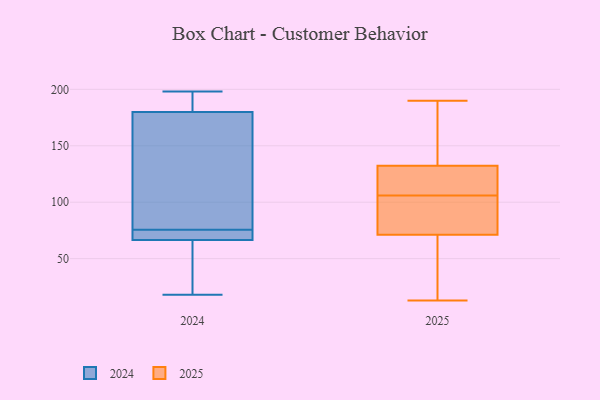
{"axis": {"x": "Churn Rate (%)", "y": "Value"}, "legend": ["2024", "2025"], "data": [{"x": "", "y": 181, "type": "2024"}, {"x": "", "y": 18, "type": "2024"}, {"x": "", "y": 65, "type": "2024"}, {"x": "", "y": 68, "type": "2024"}, {"x": "", "y": 198, "type": "2024"}, {"x": "", "y": 68, "type": "2024"}, {"x": "", "y": 192, "type": "2024"}, {"x": "", "y": 70, "type": "2024"}, {"x": "", "y": 179, "type": "2024"}, {"x": "", "y": 81, "type": "2024"}, {"x": "", "y": 38, "type": "2024"}, {"x": "", "y": 100, "type": "2024"}, {"x": "", "y": 139, "type": "2025"}, {"x": "", "y": 157, "type": "2025"}, {"x": "", "y": 155, "type": "2025"}, {"x": "", "y": 48, "type": "2025"}, {"x": "", "y": 78, "type": "2025"}, {"x": "", "y": 57, "type": "2025"}, {"x": "", "y": 72, "type": "2025"}, {"x": "", "y": 71, "type": "2025"}, {"x": "", "y": 109, "type": "2025"}, {"x": "", "y": 92, "type": "2025"}, {"x": "", "y": 190, "type": "2025"}, {"x": "", "y": 109, "type": "2025"}, {"x": "", "y": 13, "type": "2025"}, {"x": "", "y": 112, "type": "2025"}, {"x": "", "y": 106, "type": "2025"}]}